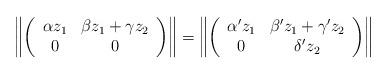
LaTeX: \begin{align*}\left\|\left(\begin{array}{cc}\alpha z_1 & \beta z_1+\gamma z_2 \\0&0\end{array}\right)\right\|=\left\|\left(\begin{array}{cc}\alpha'z_1& \beta'z_1+\gamma' z_2\\0 &\delta' z_2\end{array}\right)\right\|\end{align*}